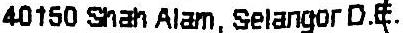
40150 SHAH ALAM, SELANGOR D.E.